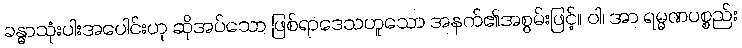
ခန္ဓာသုံးပါးအပေါင်းဟု ဆိုအပ်သော ဖြစ်ရာဒေသဟူသော အနက်၏အစွမ်းဖြင့်။ ဝါ၊ အာ ရမ္မဏပစ္စည်း